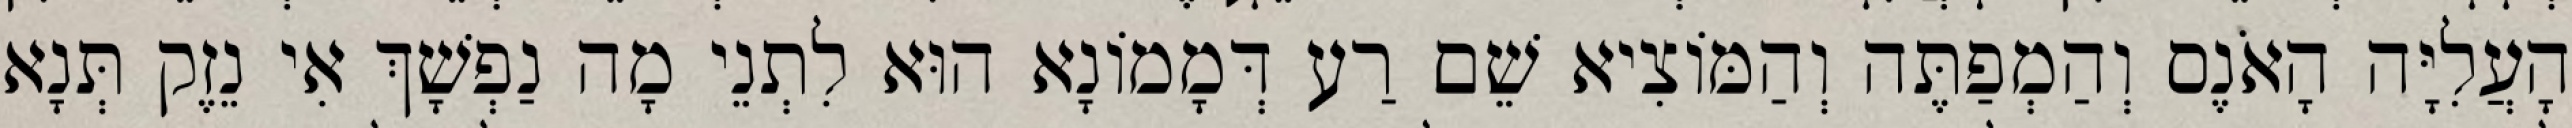
הָעֲלִיָּה הָאֹנֶס וְהַמְפַתֶּה וְהַמּוֹצִיא שֵׁם רַע דְּמָמוֹנָא הוּא לִתְנֵי מָה נַפְשָׁךְ אִי נֵזֶק תְּנָא